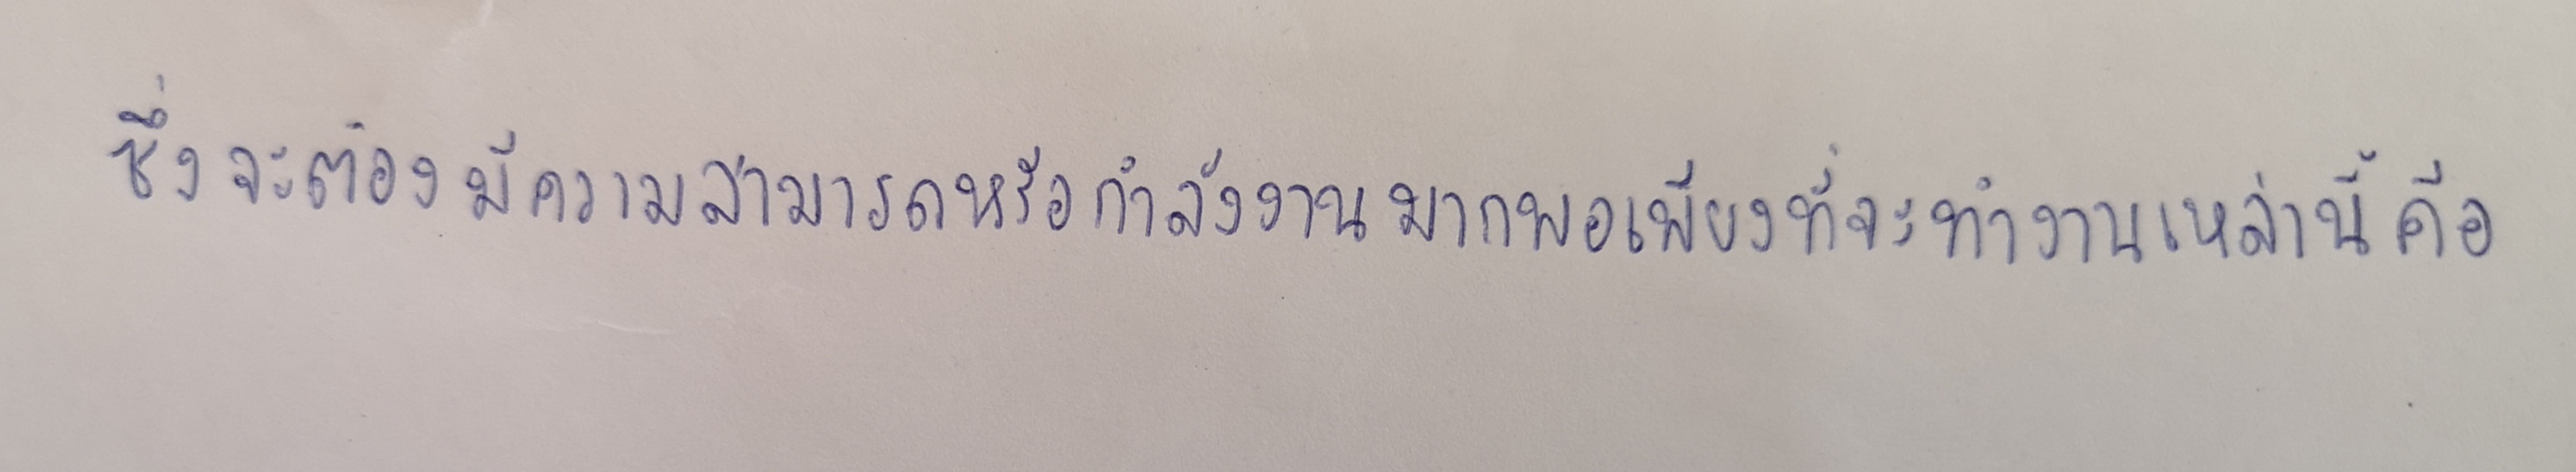
ซึ่งจะต้องมีความสามารถหรือกำลังงานมากพอเพียงที่จะทำงานเหล่านี้คือ